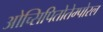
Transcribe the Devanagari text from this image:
ओच्सिपितोतेम्पोरल